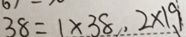
3 8 = 1 \times 3 8 , 2 \times 1 9